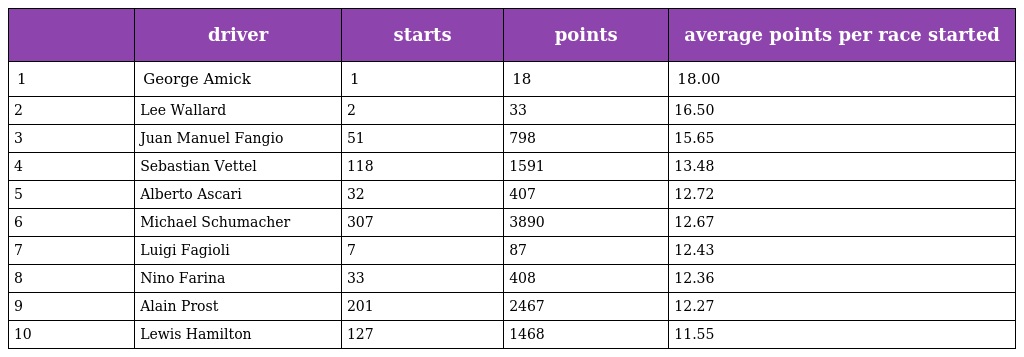
|  | driver | starts | points | average points per race started |
 | --- | --- | --- | --- | --- |
 | 1 | George Amick | 1 | 18 | 18.00 |
 | 2 | Lee Wallard | 2 | 33 | 16.50 |
 | 3 | Juan Manuel Fangio | 51 | 798 | 15.65 |
 | 4 | Sebastian Vettel | 118 | 1591 | 13.48 |
 | 5 | Alberto Ascari | 32 | 407 | 12.72 |
 | 6 | Michael Schumacher | 307 | 3890 | 12.67 |
 | 7 | Luigi Fagioli | 7 | 87 | 12.43 |
 | 8 | Nino Farina | 33 | 408 | 12.36 |
 | 9 | Alain Prost | 201 | 2467 | 12.27 |
 | 10 | Lewis Hamilton | 127 | 1468 | 11.55 |